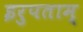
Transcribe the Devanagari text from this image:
इरुपताम्